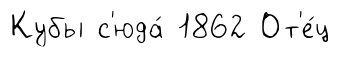
Кубы с'юда́ 1862 От'е́ц